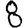
Digit: 8